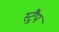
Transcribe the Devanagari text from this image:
स्ट्रैप